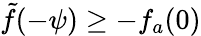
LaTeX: \tilde{f}(-\psi)\ge-f_{a}(0)